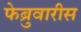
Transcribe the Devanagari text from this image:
फेब्रुवारीस